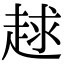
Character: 𧻱